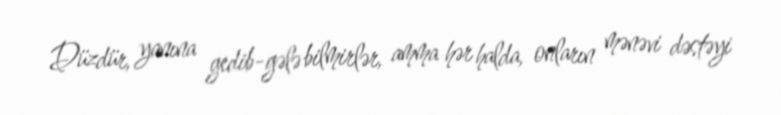
Düzdür, yanına gedib-gələ bilmirlər, amma hər halda, onların mənəvi dəstəyi